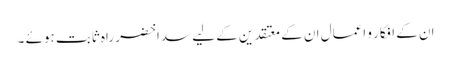
ان کے افکار و اعمال ان کے معتقدین کے لیے سدا خضرِ راہ ثابت ہوئے ۔